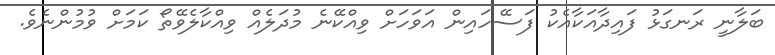
ބަލާނީ ރަނގަޅު ފައިދާއަކާއެކު ފަސޭހައިން އަވަހަށް ވިއްކޭނެ މުދަލެއް ވިއްކާލެވޭތޯ ކަމަށް ވުމުންނެވެ.